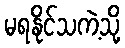
မရနိုင်သကဲ့သို့